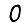
Digit: 0